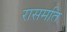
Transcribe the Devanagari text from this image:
रासमति